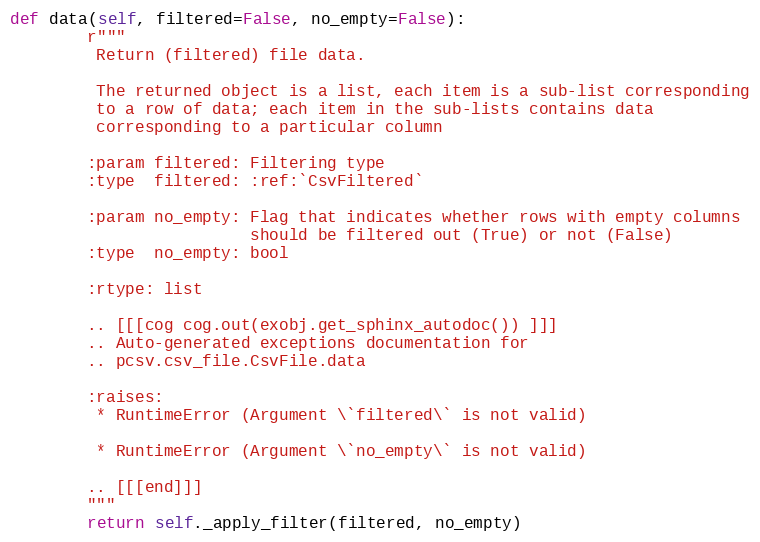
Language: Python
def data(self, filtered=False, no_empty=False):
        r"""
         Return (filtered) file data.

         The returned object is a list, each item is a sub-list corresponding
         to a row of data; each item in the sub-lists contains data
         corresponding to a particular column

        :param filtered: Filtering type
        :type  filtered: :ref:`CsvFiltered`

        :param no_empty: Flag that indicates whether rows with empty columns
                         should be filtered out (True) or not (False)
        :type  no_empty: bool

        :rtype: list

        .. [[[cog cog.out(exobj.get_sphinx_autodoc()) ]]]
        .. Auto-generated exceptions documentation for
        .. pcsv.csv_file.CsvFile.data

        :raises:
         * RuntimeError (Argument \`filtered\` is not valid)

         * RuntimeError (Argument \`no_empty\` is not valid)

        .. [[[end]]]
        """
        return self._apply_filter(filtered, no_empty)